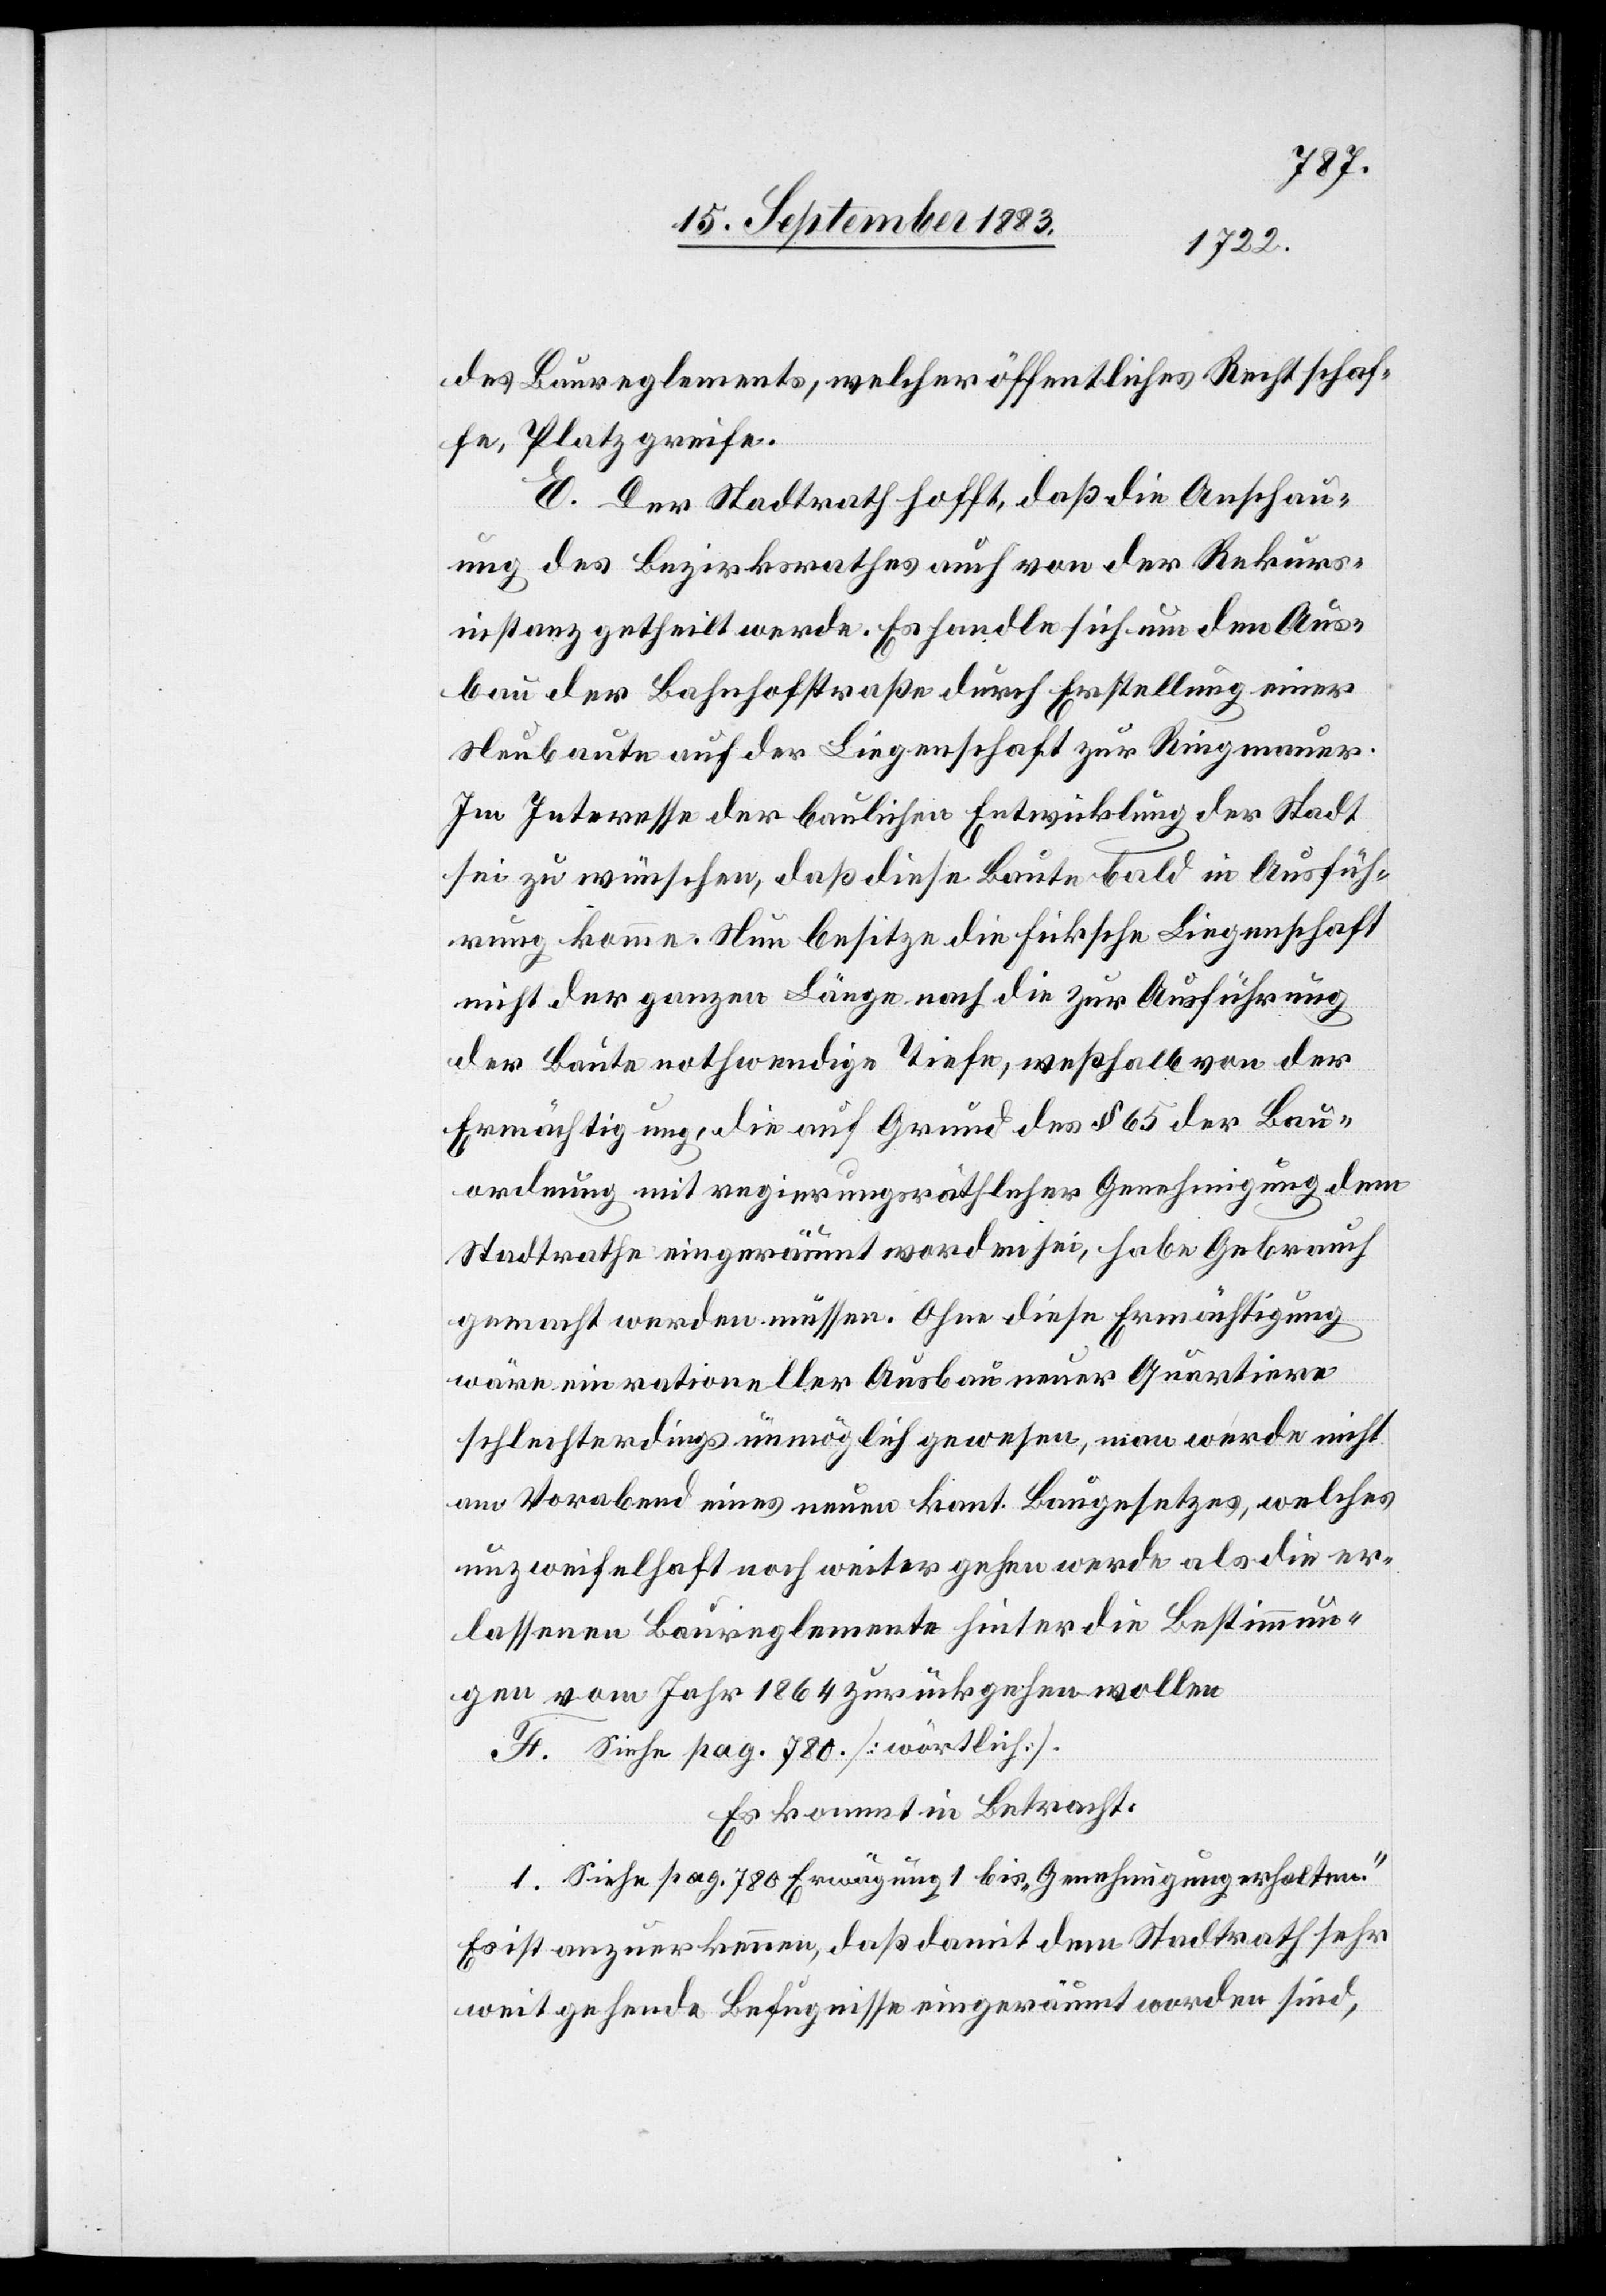
des Baureglements, welcher öffentliches Recht schaf¬
fe, Platz greife.
E. Der Stadtrath hofft, daß die Anschau¬
ung des Bezirksrathes auch von der Rekurs¬
instanz getheilt werde. Es handle sich um den Aus¬
bau der Bahnhofstraße durch Erstellung einer
Neubaute auf der Liegenschaft zur Ringmauer.
Im Interesse der baulichen Entwicklung der Stadt
sei zu wünschen, daß diese Baute bald in Ausfüh¬
rung komme. Nun besitze die Ficksche Liegenschaft
nicht der ganzen Länge nach die zur Ausführung
der Baute nothwendige Tiefe, weshalb von der
Ermächtigung, die auf Grund des § 65 der Bau¬
ordnung mit regierungsräthlicher Genehmigung dem
Stadtrathe eingeräumt worden sei, habe Gebrauch
gemacht werden müssen. Ohne diese Ermächtigung
wäre ein rationeller Ausbau neuer Quartiere
schlechterdings unmöglich gewesen, man werde nicht
am Vorabend eines neuen kant. Baugesetzes, welches
unzweifelhaft noch weiter gehen werde als die er¬
lassenen Baureglemente hinter die Bestimmun¬
gen vom Jahr 1864 zurückgehen wollen.
F. Siehe pag. 780 [wörtlich].
Es kommt in Betracht:
1. Siehe pag. 780 Erwägung 1 bis „Genehmigung erhalten.“
Es ist anzuerkennen, daß damit dem Stadtrath sehr
weitgehende Befugnisse eingeräumt worden sind,